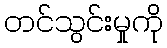
တင်သွင်းမှုကို